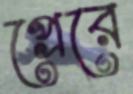
প্রেরে